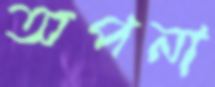
অপনা